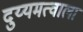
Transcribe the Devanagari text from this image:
दुय्यमत्वाला